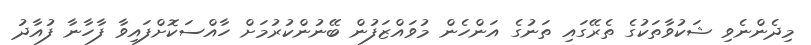
މިދެންނެވި ޝަކުވާތަކުގެ ތެރޭގައި ތަނުގެ އަންހެން މުވައްޒަފުން ބޭނުންކުރުމަށް ހާއްސަކޮށްފައިވާ ފާހާނާ ފުއާދު